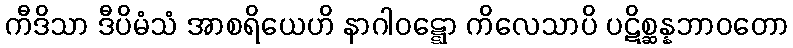
ကီဒိသာ ဒီပိမံသံ အာစရိယေဟိ နာဂါဝဋ္ဋော ကိလေသာပိ ပဋိစ္ဆန္နဘာဝတော